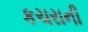
કચરાની